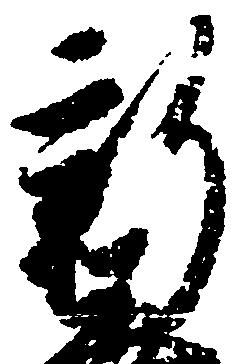
新